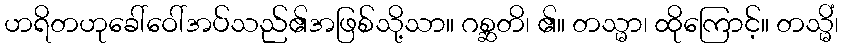
ဟရိတဟုခေါ်ဝေါ်အပ်သည်၏အဖြစ်သို့သာ။ ဂစ္ဆတိ၊ ၏။ တသ္မာ၊ ထိုကြောင့်။ တသ္မိံ၊